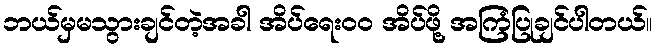
ဘယ်မှမသွားချင်တဲ့အခါ အိပ်ရေးဝဝ အိပ်ဖို့ အကြံပြုချင်ပါတယ်။